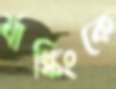
র‍্যাঙ্কিংকে